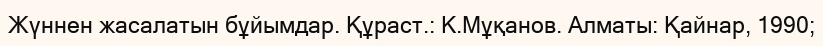
Жүннен жасалатын бұйымдар. Құраст.: К.Мұқанов. Алматы: Қайнар, 1990;